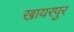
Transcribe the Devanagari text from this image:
खायरपुर